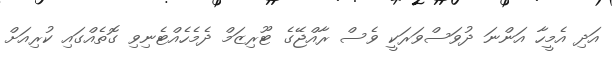
އަދި އެމީހާ އަންނަ ދުވަސްވަރަކީ ވެސް ރާއްޖޭގެ ޓޫރިޒަމް ދެމެހެއްޓެނިވި ގޮތެއްގައި ކުރިއަށް